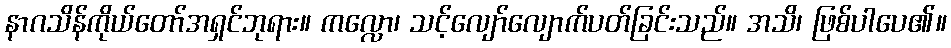
နာဂသိန်ကိုယ်တော်အရှင်ဘုရား။ ကလ္လော၊ သင့်လျော်လျောက်ပတ်ခြင်းသည်။ အသိ၊ ဖြစ်ပါပေ၏။